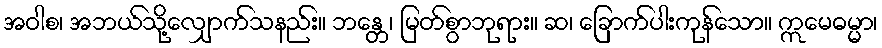
အဝါစ၊ အဘယ်သို့လျှောက်သနည်း။ ဘန္တေ၊ မြတ်စွာဘုရား။ ဆ၊ ခြောက်ပါးကုန်သော။ ဣမေဓမ္မာ၊